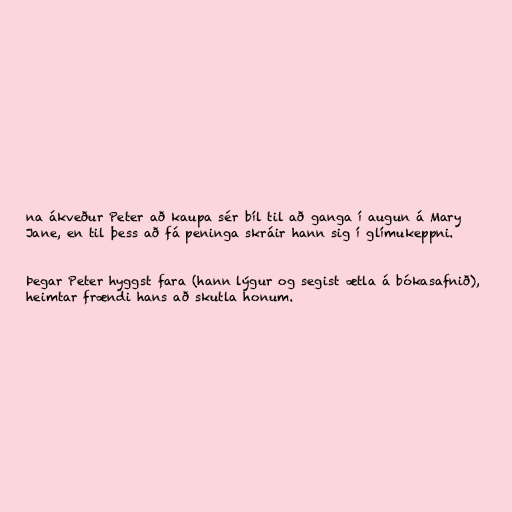
na ákveður Peter að kaupa sér bíl til að ganga í augun á Mary
Jane, en til þess að fá peninga skráir hann sig í glímukeppni.

Þegar Peter hyggst fara (hann lýgur og segist ætla á bókasafnið),
heimtar frændi hans að skutla honum.